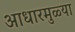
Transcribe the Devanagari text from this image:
आधारमुळ्या